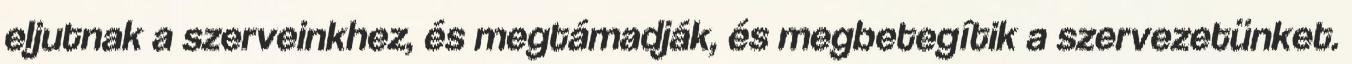
eljutnak a szerveinkhez, és megtámadják, és megbetegítik a szervezetünket.